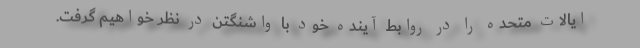
ایالات متحده را در روابط آینده خود با واشنگتن در نظر خواهیم گرفت.